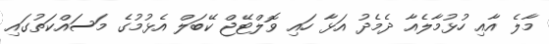
މާލެ އާއި ހުޅުމާލެއާ ދެމެދު އަޅާ ހައި ވޮލްޓޭޖް ކޭބަލް އެޅުމުގެ މަސައްކަތުގައި